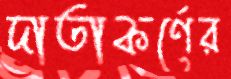
দাতাকর্ণের